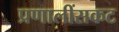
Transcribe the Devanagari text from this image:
प्रणालींसकट